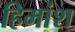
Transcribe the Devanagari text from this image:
हिमांश